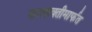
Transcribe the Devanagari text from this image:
जलशक्तीमार्फत